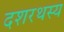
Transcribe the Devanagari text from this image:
दशरथस्य